Civil Veterinary Dept. North-West Frontier Province 1933-46 - 1933-1946
Year: 1933
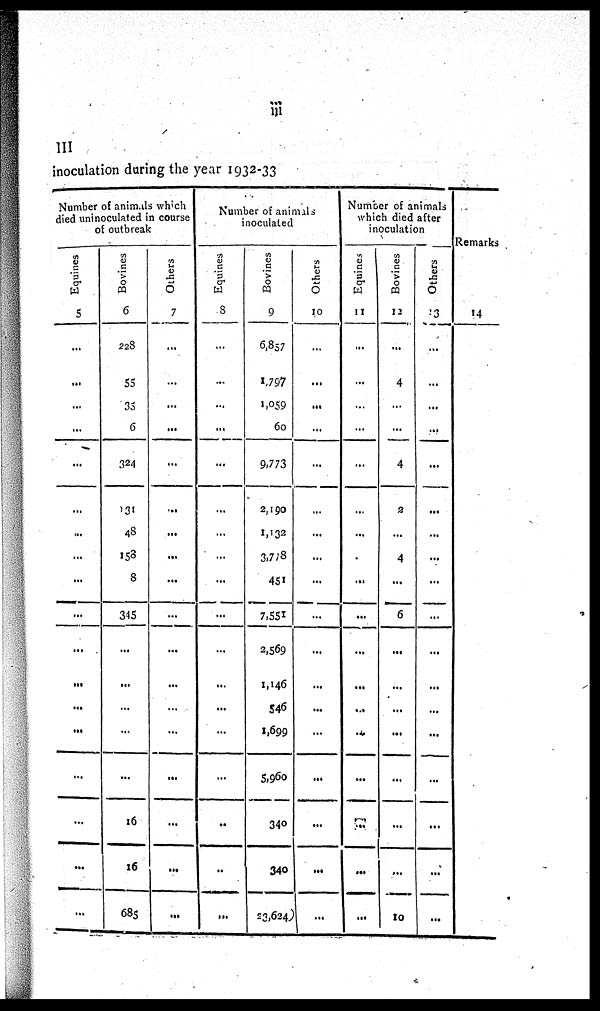
iii
III
inoculation during the year 1932-33
Number of animals which
died uninoculated in course
of outbreak
Equines
5
...
...
...
...
...
...
...
...
...
...
...
...
...
...
...
...
...
...
Bovines
6
228
53
35
6
324
131
48
158
8
345
...
...
...
...
...
16
16
685
Others
7
...
...
...
...
...
...
...
...
...
...
...
...
...
...
...
...
...
...
Number of animals
inoculated
Equines
8
...
...
...
...
...
...
...
...
...
...
...
...
...
...
...
...
..
...
Bovines
9
6,857
1,797
1,059
60
9,773
2,190
1,132
3,778
451
7,551
2,569
1,146
546
1,699
5,960
340
340
23,624,
Others
10
...
...
...
...
...
...
...
...
...
...
...
...
...
...
...
...
...
Number of animals
which died after
inoculation
Equines
11
...
...
...
...
...
...
...
...
...
...
...
...
...
...
...
...
...
Bovines
12
...
4
...
...
4
2
...
4
...
6
...
...
...
...
...
...
...
10
Others
13
...
...
...
...
...
...
...
...
...
...
...
...
...
...
...
...
...
...
Remarks
14